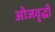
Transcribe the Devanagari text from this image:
ओजवृद्धी